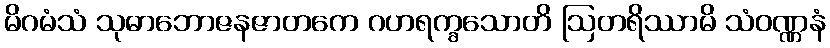
မိဂမံသံ သုဓာဘောဇနဇာတကေ ဂဟရက္ခသောတိ ဩတရိဿာမိ သံဝဏ္ဏနံ